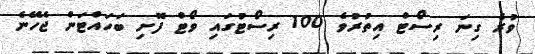
ވުރެ ގިނަ ރިސޯޓް އިތުރުވެ 100 ރިސޯޓުގައި ވޯޓް ފޮށި ބަހައްޓަން ޖެހޭނެ